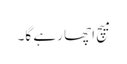
میچ اچھا رہے گا۔